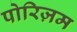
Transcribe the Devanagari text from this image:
पोरिज़म